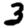
Digit: 3